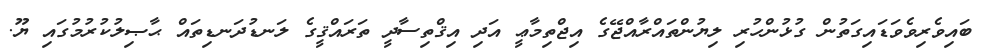
ބައިވެރިވެވަޑައިގަތުން ގުޅުންހުރި ލިޔުންތައްރާއްޖޭގެ އިޖްތިމާޢީ އަދި އިޤްތިސާދީ ތަރައްޤީގެ ލަނޑުދަނޑިތައް ޙާޞިލުކުރުމުގައި ޔޫ.